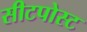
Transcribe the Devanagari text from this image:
सीटपोस्ट